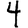
Digit: 4